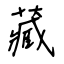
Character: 藏